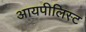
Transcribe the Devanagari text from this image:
आयपीलिस्ट